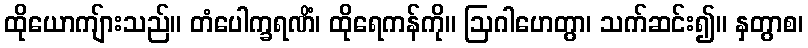
ထိုယောကျ်ားသည်။ တံပေါက္ခရဏိံ၊ ထိုရေကန်ကို။ ဩဂါဟေတွာ၊ သက်ဆင်း၍။ နှတွာစ၊